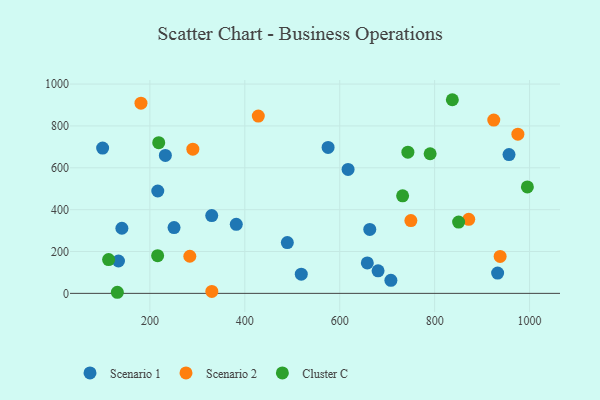
{"axis": {"x": "Price", "y": "Fuel Efficiency"}, "legend": ["Cluster C", "Scenario 1", "Scenario 2"], "data": [{"x": "330.3", "y": 371.5, "type": "Scenario 1"}, {"x": "932.7", "y": 96.9, "type": "Scenario 1"}, {"x": "250.9", "y": 314.3, "type": "Scenario 1"}, {"x": "382.0", "y": 329.8, "type": "Scenario 1"}, {"x": "680.8", "y": 107.8, "type": "Scenario 1"}, {"x": "141.0", "y": 311.2, "type": "Scenario 1"}, {"x": "100.4", "y": 694.2, "type": "Scenario 1"}, {"x": "216.6", "y": 489.0, "type": "Scenario 1"}, {"x": "519.0", "y": 91.7, "type": "Scenario 1"}, {"x": "663.3", "y": 305.4, "type": "Scenario 1"}, {"x": "489.6", "y": 242.6, "type": "Scenario 1"}, {"x": "658.1", "y": 145.6, "type": "Scenario 1"}, {"x": "575.5", "y": 697.1, "type": "Scenario 1"}, {"x": "232.6", "y": 659.2, "type": "Scenario 1"}, {"x": "617.6", "y": 592.1, "type": "Scenario 1"}, {"x": "956.7", "y": 662.9, "type": "Scenario 1"}, {"x": "707.8", "y": 62.3, "type": "Scenario 1"}, {"x": "133.8", "y": 154.7, "type": "Scenario 1"}, {"x": "924.6", "y": 828.2, "type": "Scenario 2"}, {"x": "428.4", "y": 847.0, "type": "Scenario 2"}, {"x": "181.2", "y": 908.8, "type": "Scenario 2"}, {"x": "975.4", "y": 760.8, "type": "Scenario 2"}, {"x": "330.5", "y": 9.3, "type": "Scenario 2"}, {"x": "938.0", "y": 176.6, "type": "Scenario 2"}, {"x": "284.1", "y": 177.4, "type": "Scenario 2"}, {"x": "871.8", "y": 353.8, "type": "Scenario 2"}, {"x": "290.5", "y": 688.7, "type": "Scenario 2"}, {"x": "749.9", "y": 347.9, "type": "Scenario 2"}, {"x": "218.6", "y": 720.1, "type": "Cluster C"}, {"x": "131.4", "y": 5.2, "type": "Cluster C"}, {"x": "113.0", "y": 161.4, "type": "Cluster C"}, {"x": "837.3", "y": 925.2, "type": "Cluster C"}, {"x": "732.5", "y": 465.8, "type": "Cluster C"}, {"x": "995.4", "y": 508.7, "type": "Cluster C"}, {"x": "216.3", "y": 180.3, "type": "Cluster C"}, {"x": "743.6", "y": 674.8, "type": "Cluster C"}, {"x": "850.5", "y": 340.6, "type": "Cluster C"}, {"x": "790.5", "y": 667.1, "type": "Cluster C"}]}